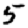
Digit: 5